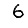
Digit: 6